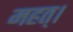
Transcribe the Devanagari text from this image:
महत्।